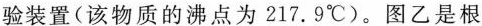
验装置（该物质的沸点为217.9^{\circ}C）。图乙是根